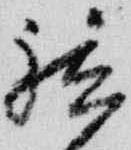
祗